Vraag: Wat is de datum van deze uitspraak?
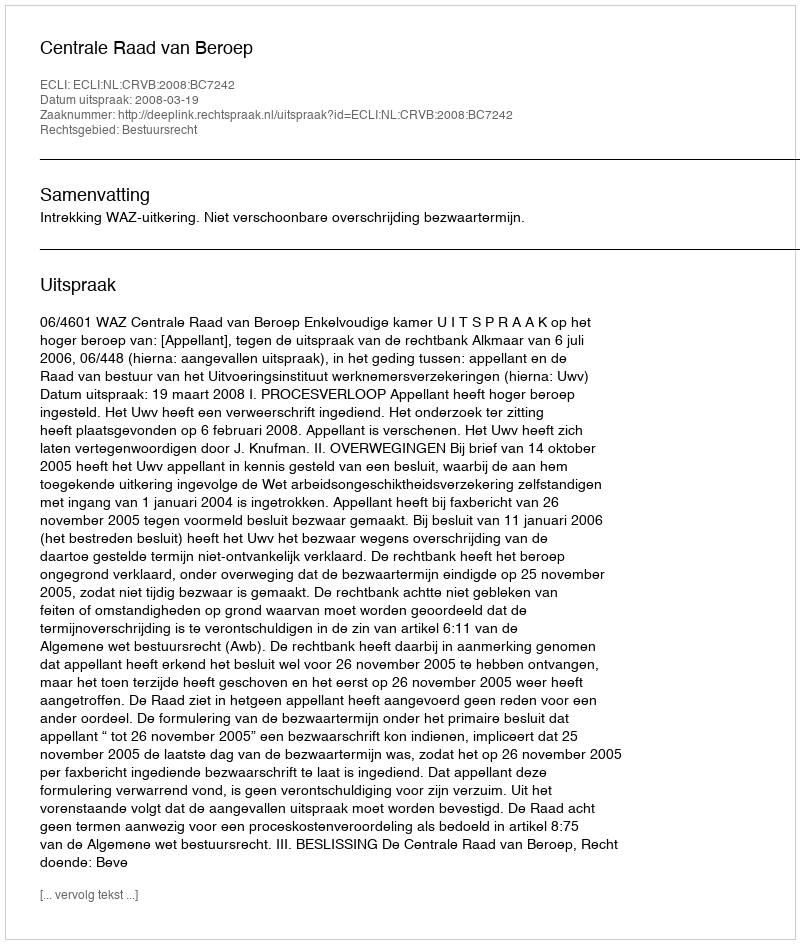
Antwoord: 2008-03-19